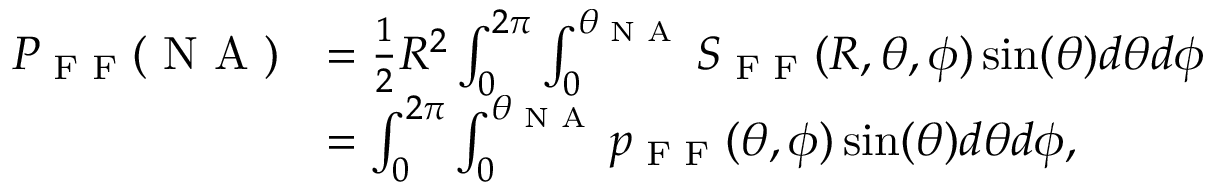
\begin{array} { r l } { P _ { \textrm { F F } } ( \textrm { N A } ) } & { = \frac { 1 } { 2 } R ^ { 2 } \int _ { 0 } ^ { 2 \pi } \int _ { 0 } ^ { \theta _ { \textrm { N A } } } S _ { \textrm { F F } } ( R , \theta , \phi ) \sin ( \theta ) d \theta d \phi } \\ & { = \int _ { 0 } ^ { 2 \pi } \int _ { 0 } ^ { \theta _ { \textrm { N A } } } p _ { \textrm { F F } } ( \theta , \phi ) \sin ( \theta ) d \theta d \phi , } \end{array}